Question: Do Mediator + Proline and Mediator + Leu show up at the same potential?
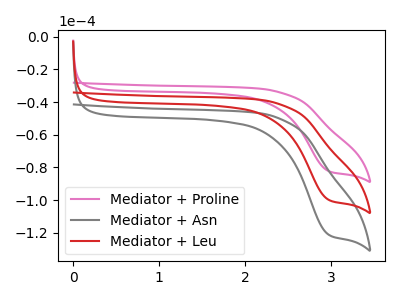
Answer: <think>The pink curve "Mediator + Proline" has a cathodic peak at: (2.95V, -82.15uA). The gray curve "Mediator + Asn" has a cathodic peak at: (2.95V, -199.45uA). The red curve "Mediator + Leu" has a cathodic peak at: (2.95V, -99.75uA).
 All the peaks in "Mediator + Proline" have a peak in "Mediator + Leu" at the same potential. Every peak in "Mediator + Proline" is lower than every peak in "Mediator + Leu".</think>
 <answer>"Mediator + Proline" and "Mediator + Leu" are similar in shape.</answer>
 <eval>same_shape</eval>